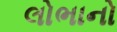
લોભાનો